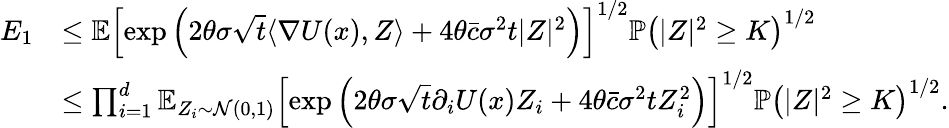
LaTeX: \begin{array}{rl}{E_{1}}&{\le\mathbb{E}\left[\exp\left(2\theta\sigma\sqrt{t}\langle\nabla U(x),Z\rangle+4\theta\bar{c}\sigma^{2}t|Z|^{2}\right)\right]^{1/2}\mathbb{P}\left(|Z|^{2}\ge K\right)^{1/2}}\\ &{\le\prod_{i=1}^{d}\mathbb{E}_{Z_{i}\sim\mathcal{N}(0,1)}\left[\exp\left(2\theta\sigma\sqrt{t}\partial_{i}U(x)Z_{i}+4\theta\bar{c}\sigma^{2}tZ_{i}^{2}\right)\right]^{1/2}\mathbb{P}\left(|Z|^{2}\ge K\right)^{1/2}.}\end{array}